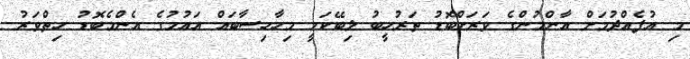
މި އުފެއްދުމަށް އާންމުންގެ ވަރަށްބޮޑު ތަރުހީބު ލިބޭކަމީ މިހާހިސާބައް އައުމުގެ އެންމެބޮޑު ހިތްވަރު